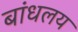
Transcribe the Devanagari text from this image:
बांधलय